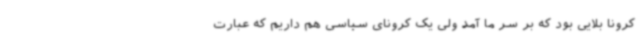
کرونا بلایی بود که بر سر ما آمد ولی یک کرونای سیاسی هم داریم که عبارت